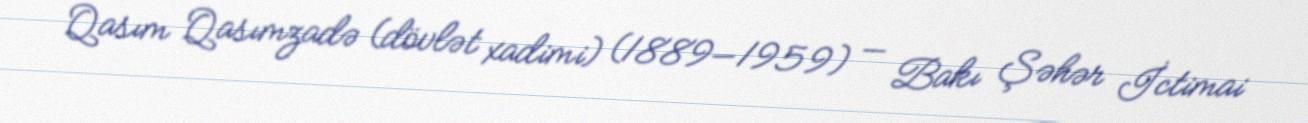
Qasım Qasımzadə (dövlət xadimi) (1889—1959) — Bakı Şəhər İctimai